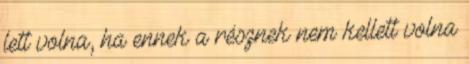
lett volna, ha ennek a résznek nem kellett volna